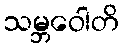
သမ္ဘဝေါတိ